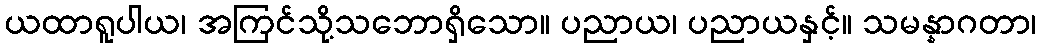
ယထာရူပါယ၊ အကြင်သို့သဘောရှိသော။ ပညာယ၊ ပညာယနှင့်။ သမန္နာဂတာ၊